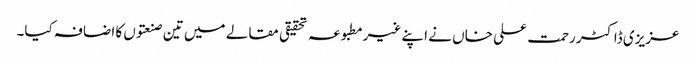
عزیزی ڈاکٹر رحمت علی خاں نے اپنے غیرمطبوعہ تحقیقی مقالے میں تین صنعتوں کا اضافہ کیا۔